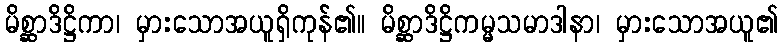
မိစ္ဆာဒိဋ္ဌိကာ၊ မှားသောအယူရှိကုန်၏။ မိစ္ဆာဒိဋ္ဌိကမ္မသမာဒါနာ၊ မှားသောအယူ၏